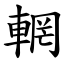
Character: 輞